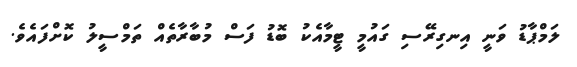
ލަމްޕާޑު ވަނީ އިނގިރޭސި ގައުމީ ޓީމާއެކު ބޮޑު ފަސް މުބާރާތެއް ތަމްސީލު ކޮށްފައެވެ.